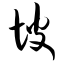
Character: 坡